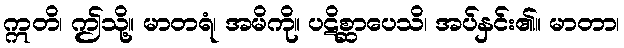
ဣတိ၊ ဤသို့။ မာတရံ၊ အမိကို။ ပဋိစ္ဆာပေသိ၊ အပ်နှင်း၏။ မာတာ၊